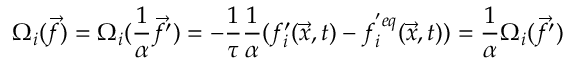
\Omega _ { i } ( \vec { f } ) = \Omega _ { i } ( \frac { 1 } { \alpha } \vec { f } ^ { \prime } ) = - \frac { 1 } { \tau } \frac { 1 } { \alpha } ( f _ { i } ^ { \prime } ( \vec { x } , t ) - f _ { i } ^ { ' e q } ( \vec { x } , t ) ) = \frac { 1 } { \alpha } \Omega _ { i } ( \vec { f } ^ { \prime } )